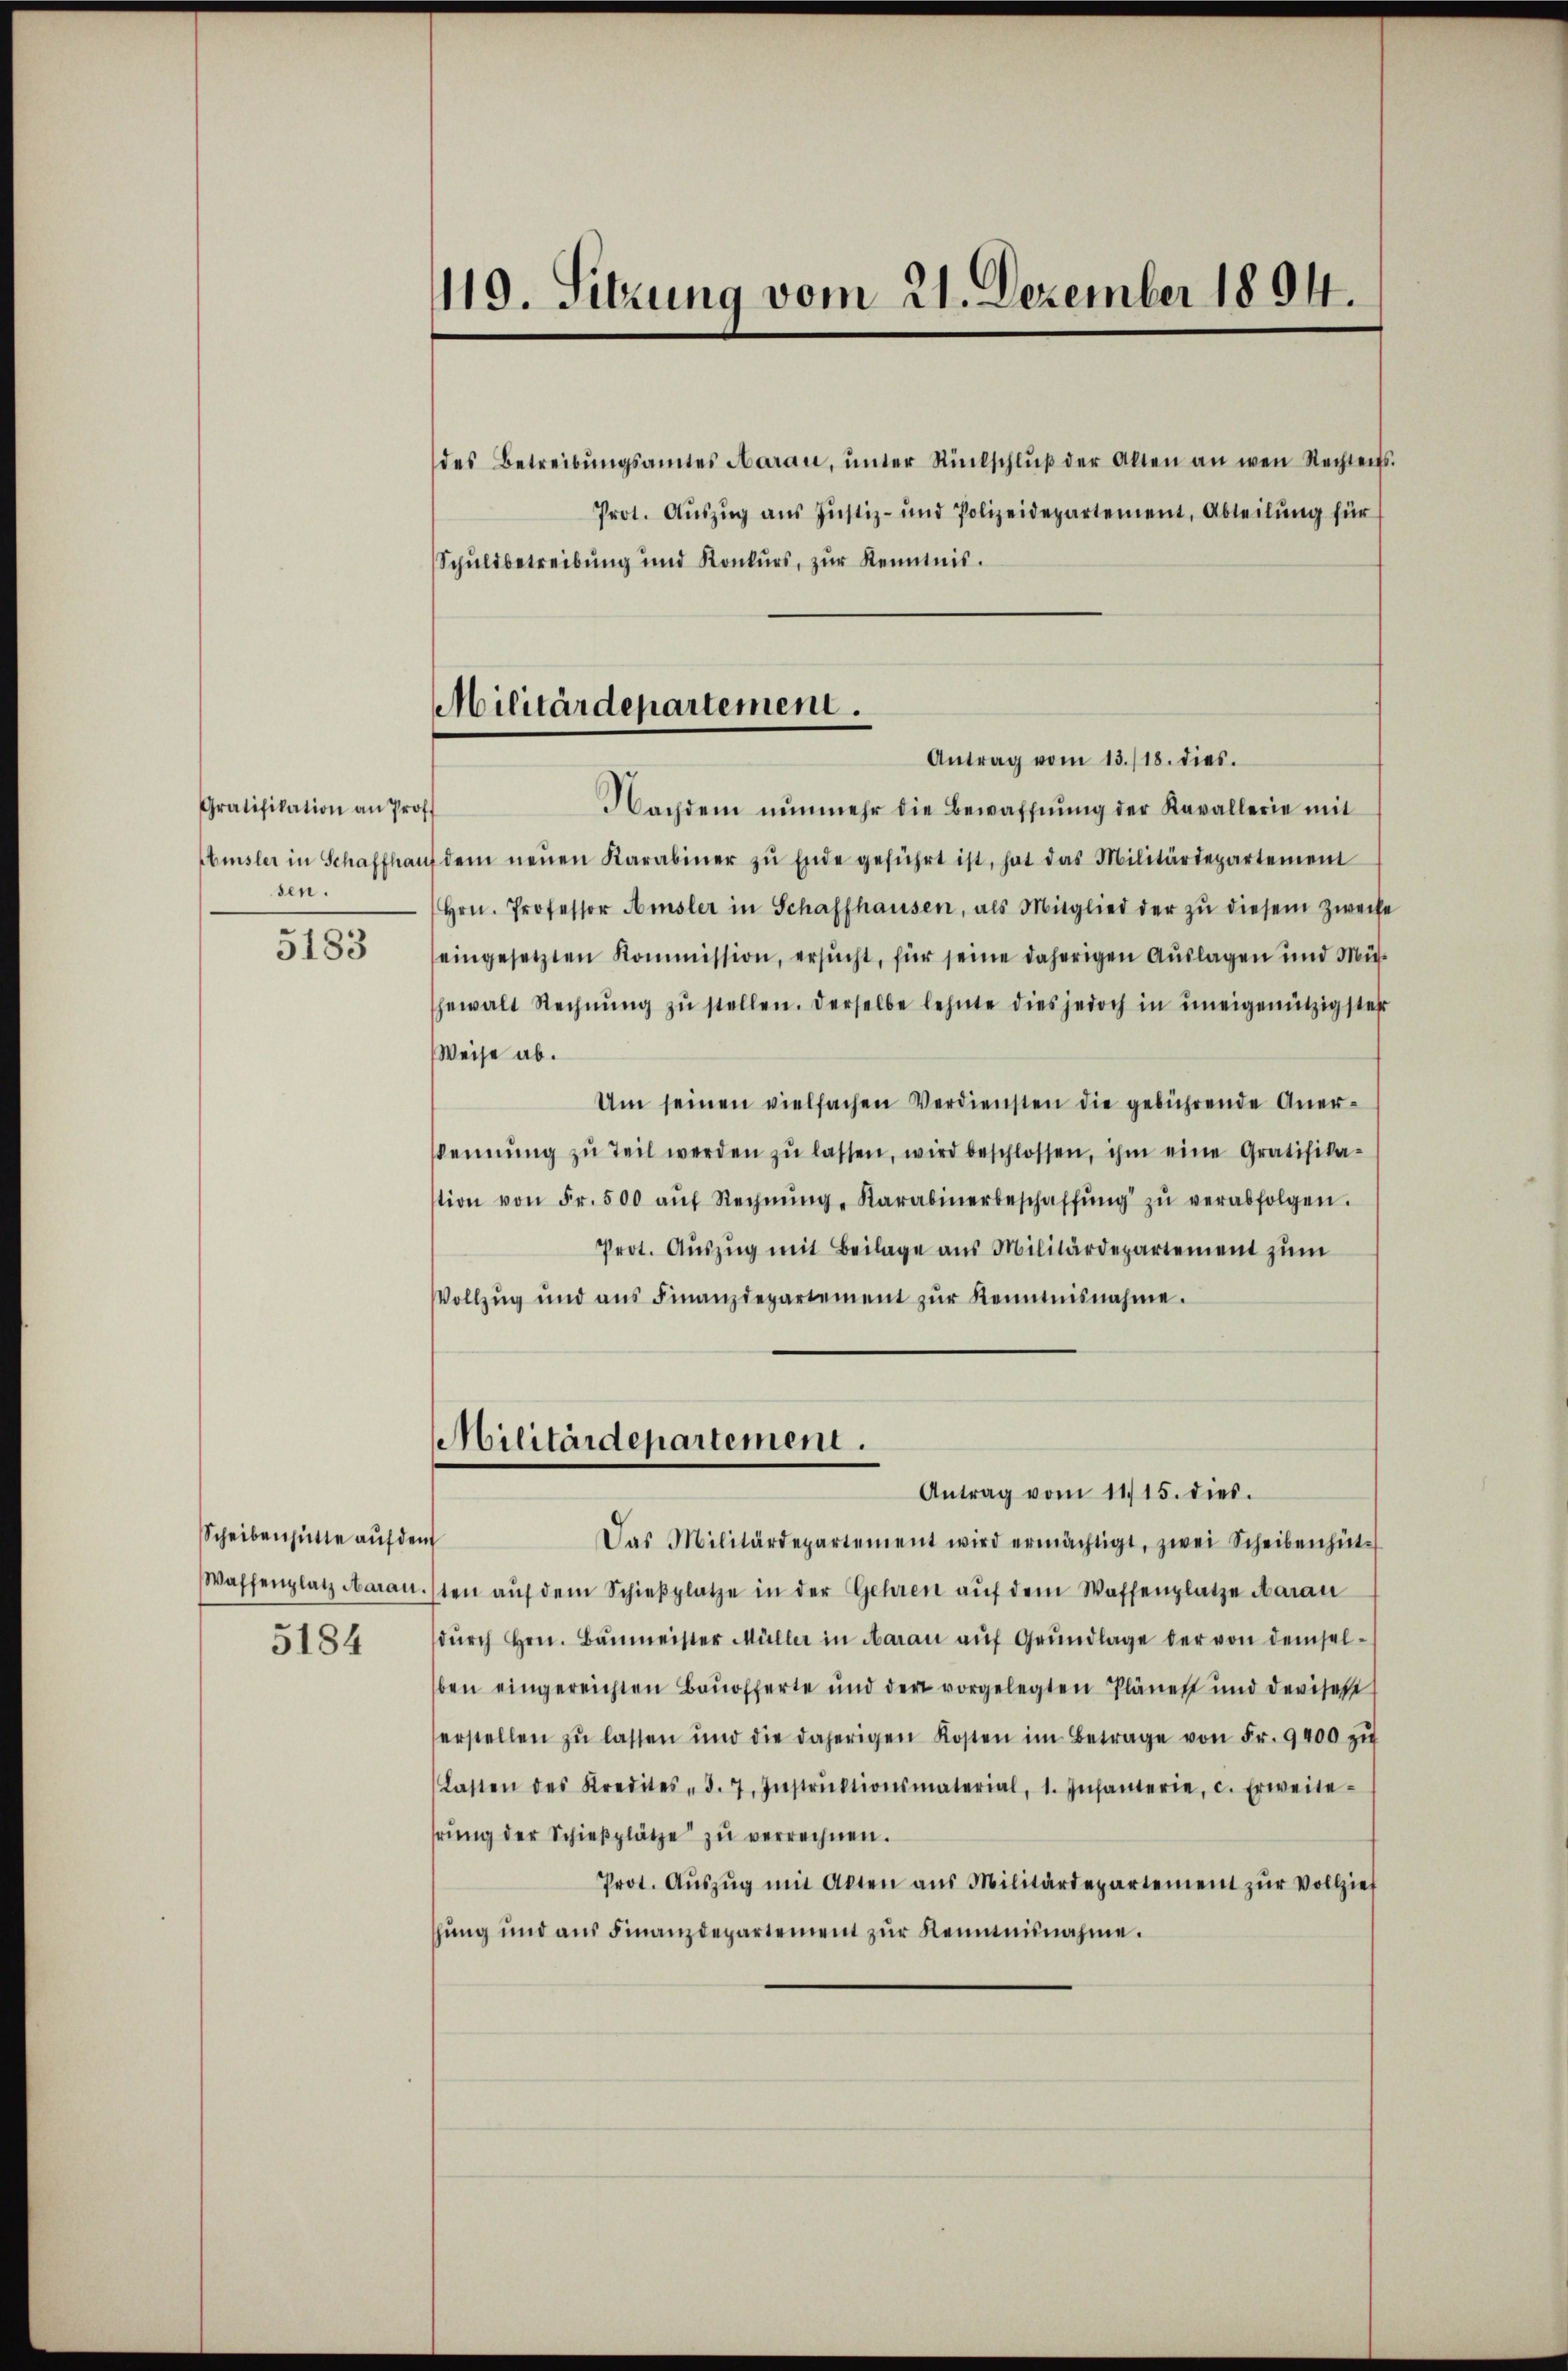
Gratifikation an Prof.
Amsler in Schaffhau
sen.
5183

Scheibenhütte auf der
Waffenplatz daran.
5184

119. Sitzung vom 21. Dezember 1894.

des Betreibŭngsamtes Aarau, ŭnter Rückschlŭβ der Alten an wen Rechtens.
Prot. Aŭszŭg ans Justiz- und Polizeidepartement, Abteilŭng für
Schuldbetreibung und Konkŭrs, zŭr Kenntnis.
Nachdem nŭnmehr die Bewaffnŭng der Kavallerie mit
t
dem neŭen Karabiner zŭ Ende geführt ist, hat das Militärdepartement
Hrn. Professor Amsler in Schaffhausen, als Mitglied der zŭ diesem Zweife
eingesetzten Kommission, ersucht, für seine daherigen Auslagen und Mühgewalt Rechnŭng zŭ stellen. Derselbe lehnte dies jedoch in uneigenützigster
Weise ab.
Um seinen vielfachen Verdiensten die gebührende Aner-
kennung zŭ teil werden zŭ lassen, wird beschlossen, ihm eine Gratifika-
stion von Fr. 500 aŭf Rechnŭng, Karabinerbeschaffŭng zŭ verabfolgen.
Prot. Aŭszŭg mit Beilage aus Militärdepartement zum
Vollzŭg und aŭs Finanzdepartement zŭr Kenntnisnahme.
Militärdepartement.
Antrag vom 11. 15. dies.
f
Das Militärdepartement wird ermächtigt, zwei Scheibenhüt-
sten aŭf dem Schieβplatze in der Gehren aŭf dem Waffenplatze darau
dŭrch Hrn. Baŭmeister Müller in Aarau aŭf Grŭndlage der von demsel-
ben eingereichten Baŭofferte und der vorgelegten Plänen und Devisest
erstellen zŭ lassen und die daherigen Kosten im Betrage von Fr. 9400 zŭ
Lasten des Kredites, d. 7. Instrŭktionsmaterial, 1. Infanterie, c. Erweite-
rŭng der Schieβplätze zŭ verrechnen.
Prot. Aŭszŭg mit Akten aus Militärdepartement zŭr Vollzieh
hŭng und aŭs Finanzdepartement zŭr Kenntnisnahme.

Militärdepartement.
Antrag vom 13./18. dies.